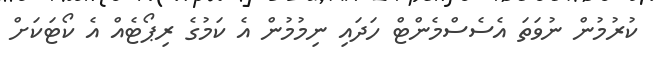
ކުރުމުން ނުވަތަ އެސެސްމެންޓް ހަދައި ނިމުމުން އެ ކަމުގެ ރިޕޯޓެއް އެ ކޯޓަކަށް